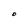
Character: O